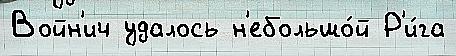
Войн'ич удалось н'ебольшо́й Р'и́га